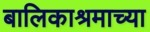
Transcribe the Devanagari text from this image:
बालिकाश्रमाच्या